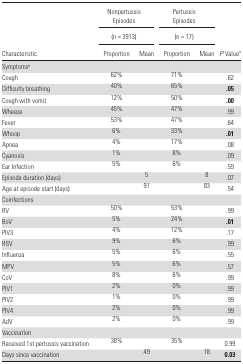
<table><thead><tr><td rowspan="2"></td><td colspan="2"><b>Nonpertussis Episodes</b></td><td colspan="2"><b>Pertussis Episodes</b></td><td></td></tr><tr><td colspan="2"><b>(n = 3913)</b></td><td colspan="2"><b>(n = 17)</b></td><td rowspan="2"><b><i>P</i> Value<sup>a</sup></b></td></tr><tr><td><b>Characteristic</b></td><td><b>Proportion</b></td><td><b>Mean</b></td><td><b>Proportion</b></td><td><b>Mean</b></td></tr></thead><tbody><tr><td colspan="6">Symptoms<sup>b</sup></td></tr><tr><td>Cough</td><td>62%</td><td></td><td>71%</td><td></td><td>.62</td></tr><tr><td>Difficulty breathing</td><td>40%</td><td></td><td>65%</td><td></td><td><b>.05</b></td></tr><tr><td>Cough with vomit</td><td>12%</td><td></td><td>50%</td><td></td><td><b>.00</b></td></tr><tr><td>Wheeze</td><td>45%</td><td></td><td>47%</td><td></td><td>.99</td></tr><tr><td>Fever</td><td>53%</td><td></td><td>47%</td><td></td><td>.64</td></tr><tr><td>Whoop</td><td>6%</td><td></td><td>33%</td><td></td><td><b>.01</b></td></tr><tr><td>Apnea</td><td>4%</td><td></td><td>17%</td><td></td><td>.08</td></tr><tr><td>Cyanosis</td><td>1%</td><td></td><td>8%</td><td></td><td>.09</td></tr><tr><td>Ear Infection</td><td>5%</td><td></td><td>6%</td><td></td><td>.59</td></tr><tr><td>Episode duration (days)</td><td></td><td>5</td><td></td><td>8</td><td>.07</td></tr><tr><td>Age at episode start (days)</td><td></td><td>91</td><td></td><td>83</td><td>.54</td></tr><tr><td colspan="6">Coinfections</td></tr><tr><td>RV</td><td>50%</td><td></td><td>53%</td><td></td><td>.99</td></tr><tr><td>BoV</td><td>5%</td><td></td><td>24%</td><td></td><td><b>.01</b></td></tr><tr><td>PIV3</td><td>4%</td><td></td><td>12%</td><td></td><td>.17</td></tr><tr><td>RSV</td><td>9%</td><td></td><td>6%</td><td></td><td>.99</td></tr><tr><td>Influenza</td><td>5%</td><td></td><td>6%</td><td></td><td>.55</td></tr><tr><td>MPV</td><td>5%</td><td></td><td>6%</td><td></td><td>.57</td></tr><tr><td>CoV</td><td>8%</td><td></td><td>6%</td><td></td><td>.99</td></tr><tr><td>PIV1</td><td>2%</td><td></td><td>0%</td><td></td><td>.99</td></tr><tr><td>PIV2</td><td>1%</td><td></td><td>0%</td><td></td><td>.99</td></tr><tr><td>PIV4</td><td>2%</td><td></td><td>0%</td><td></td><td>.99</td></tr><tr><td>AdV</td><td>2%</td><td></td><td>0%</td><td></td><td>.99</td></tr><tr><td colspan="6">Vaccination</td></tr><tr><td>Received 1st pertussis vaccination</td><td>38%</td><td></td><td>35%</td><td></td><td>0.99</td></tr><tr><td>Days since vaccination</td><td></td><td>49</td><td></td><td>18</td><td><b>0.03</b></td></tr></tbody></table>